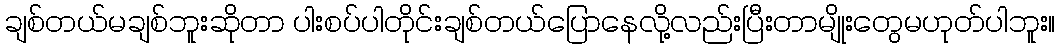
ချစ်တယ်မချစ်ဘူးဆိုတာ ပါးစပ်ပါတိုင်းချစ်တယ်ပြောနေလို့လည်းပြီးတာမျိုးတွေမဟုတ်ပါဘူး။